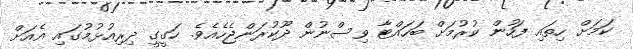
ކަމަށް ހިތައި ފަހުން ކުރުމަށް ބަހައްޓާ ވިސްނުން ދޫކުރަންޖެހެއެވެ. ހަގީގީ ދިރިއުޅުމުގައި އެއަށް